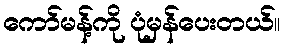
ကော်မန့်ကို ပုံမှန်ပေးတယ်။